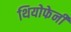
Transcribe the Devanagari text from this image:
थियोफेनी